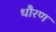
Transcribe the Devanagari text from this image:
धौरण